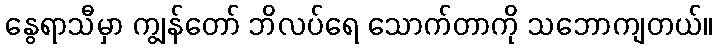
နွေရာသီမှာ ကျွန်တော် ဘိလပ်ရေ သောက်တာကို သဘောကျတယ်။